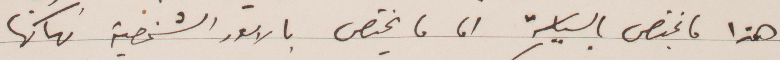
هذا ما يختص بالسياسة اما ما يختص بالامور الشخصية فانها